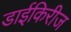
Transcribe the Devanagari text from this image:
डाईकिरीज